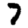
Digit: 7